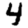
Digit: 4